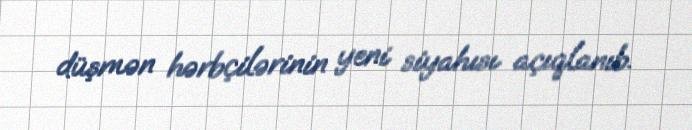
düşmən hərbçilərinin yeni siyahısı açıqlanıb.